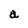
Character: a